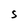
Character: S